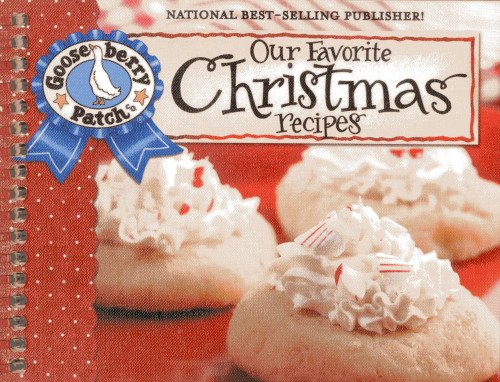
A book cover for Our Favorite Christmas Recipes Cookbook: Over 60 of Our Favorite Christmas Recipes plus just as many handy tips and a new photo cover (Our Favorite Recipes Collection); Gooseberry Patch; Cookbooks, Food & Wine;